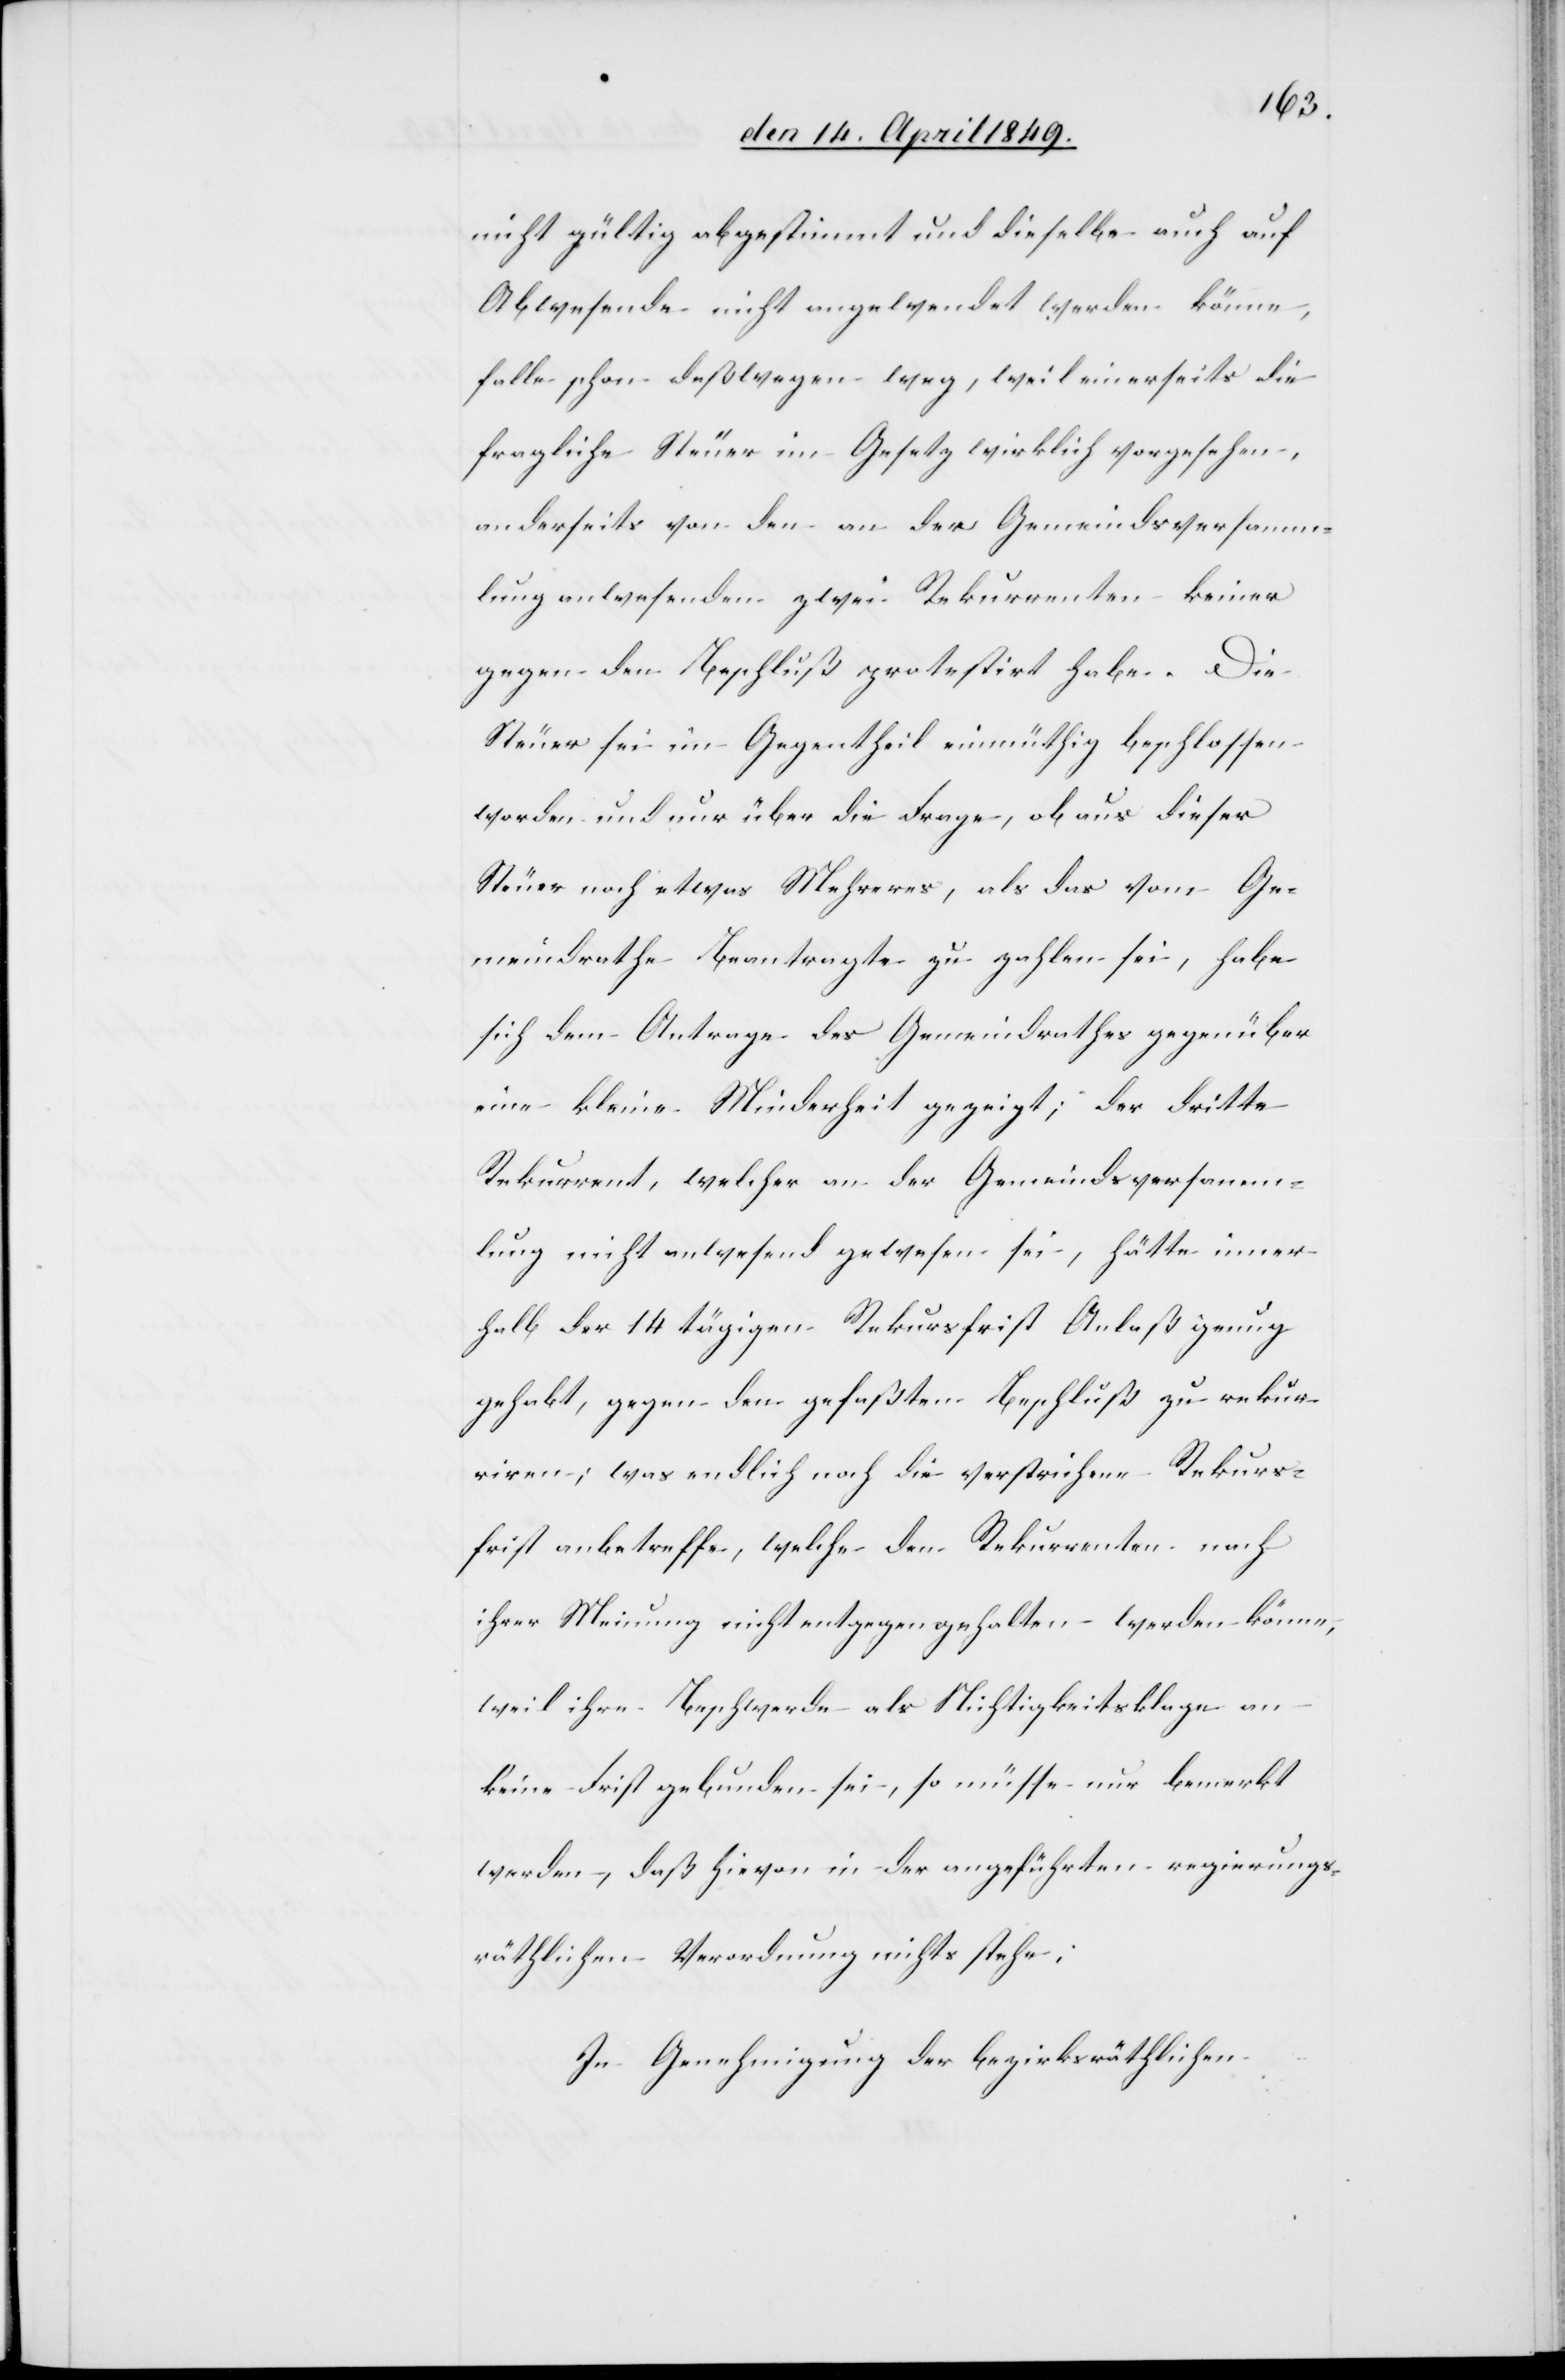
nicht gültig abgestimmt und dieselbe auch auf
Abwesende nicht angewendet werden könne,
falle schon deßwegen weg, weil einerseits die
fragliche Steuer im Gesetz wirklich vorgesehen,
anderseits von den an der Gemeindsversamm¬
lung anwesenden zwei Rekurrenten keiner
gegen den Beschluß protestirt habe. Die
Steuer sei im Gegentheil einmüthig beschlossen
worden und nur über die Frage, ob aus dieser
Steuer noch etwas Mehreres, als das vom Ge¬
meindrathe Beantragte zu zahlen sei, habe
sich dem Antrage des Gemeindrathes gegenüber
eine kleine Minderheit gezeigt; der dritte
Rekurrent, welcher an der Gemeindsversamm¬
lung nicht anwesend gewesen sei, hätte inner¬
halb der 14 tägigen Rekursfrist Anlaß genug
gehabt, gegen den gefaßten Beschluß zu rekur¬
riren; was endlich noch die verstrichene Rekurs¬
frist anbetreffe, welche den Rekurrenten nach
ihrer Meinung nicht entgegen gehalten werden könne,
weil ihre Beschwerde als Nichtigkeitsklage an
keine Frist gebunden sei, so müsse nur bemerkt
werden, daß hievon in der angeführten regierungs¬
räthlichen Verordnung nichts stehe;
In Genehmigung der bezirksräthlichen